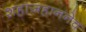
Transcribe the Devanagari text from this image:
शहाजहाननेच